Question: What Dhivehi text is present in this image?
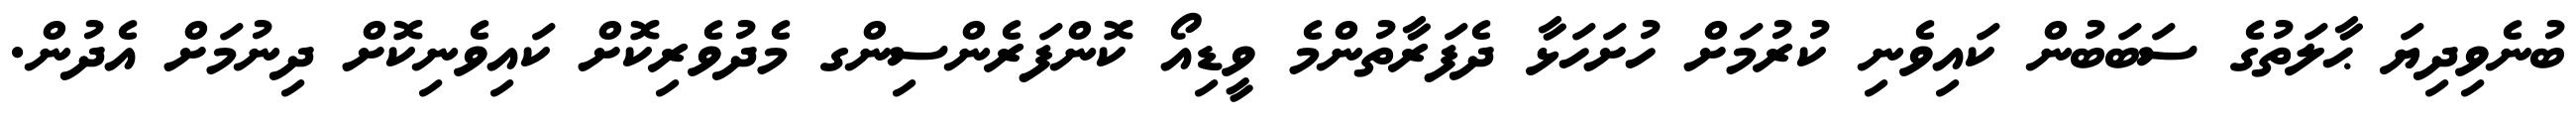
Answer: ބުނެވިދިޔަ ޙާލަތުގެ ސަބަބުން ކައިވެނި ކުރުމަށް ހުށަހަޅާ ދެފަރާތުންމެ ވީޑިއޯ ކޮންފަރެންސިންގ މެދުވެރިކޮށް ކައިވެނިކޮށް ދިނުމަށް އެދުން.